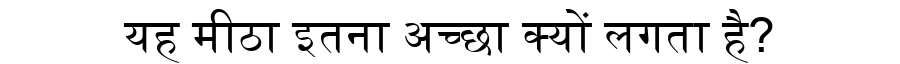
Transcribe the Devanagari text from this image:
यह मीठा इतना अच्छा क्यों लगता है?